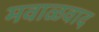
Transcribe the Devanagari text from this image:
मवाळवाद